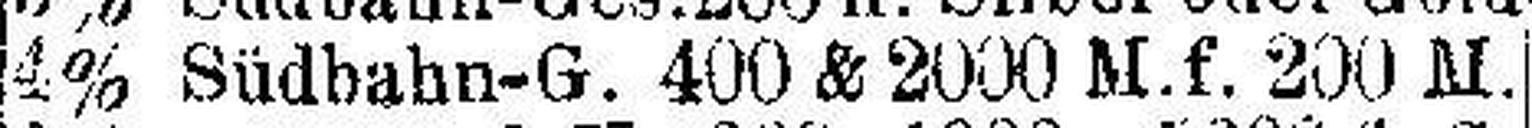
4% Südbahn-G. 400 & 2000 M.f. 200 M.